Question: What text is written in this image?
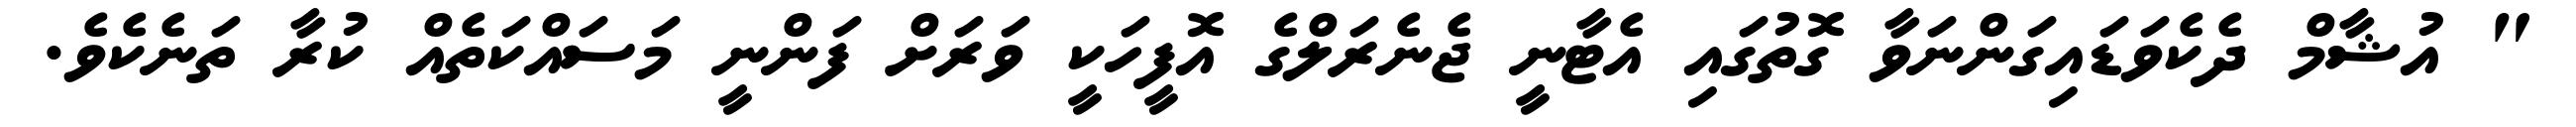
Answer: " އުޝާމް ދެކެވަޑައިގަންނަވާ ގޮތުގައި އެޓާނީ ޖެނެރަލްގެ އޮފީހަކީ ވަރަށް ފަންނީ މަސައްކަތެއް ކުރާ ތަނެކެވެ.